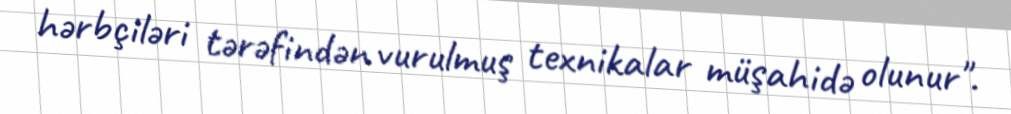
hərbçiləri tərəfindən vurulmuş texnikalar müşahidə olunur".